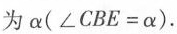
为α($$∠ C B E = α$$).